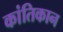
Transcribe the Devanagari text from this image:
कांतिकान